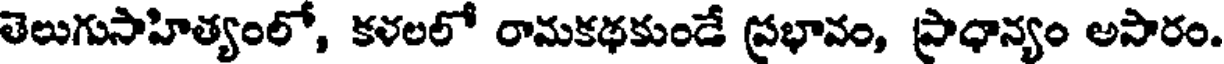
తెలుగుసాహిత్యంలో, కళలలో రామకథకుండే ప్రభావం, ప్రాధాన్యం అసారం.